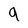
Character: 9